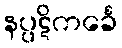
နပ္ပဋိကင်္ခေ